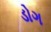
ડોગ